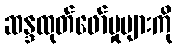
ဆန္ဒထုတ်ဖော်မှုများကို